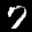
Label: 7